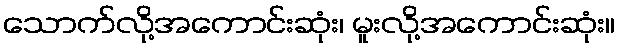
သောက်လို့အကောင်းဆုံး၊ မူးလို့အကောင်းဆုံး။